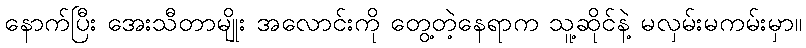
နောက်ပြီး အေးသီတာမျိုး အလောင်းကို တွေ့တဲ့နေရာက သူ့ဆိုင်နဲ့ မလှမ်းမကမ်းမှာ။